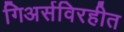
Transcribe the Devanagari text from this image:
गिअर्सविरहीत